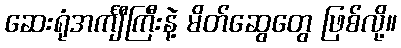
ဆေးရုံအင်္ကျီကြီးနဲ့ မိတ်ဆွေတွေ ဖြစ်လို့။